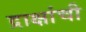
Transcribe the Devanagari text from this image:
द्राक्षांची